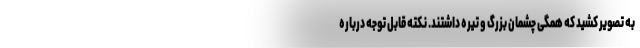
به تصویر کشید که همگی چشمان بزرگ و تیره داشتند. نکته قابل توجه درباره